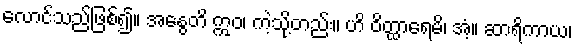
လောင်သည်ဖြစ်၍။ အနွေတိ ဣဝ၊ ကဲ့သို့တည်း။ ဟိ ဝိတ္ထာရေမိ၊ အံ့။ ဆာရိကာယ၊